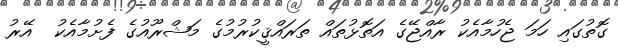
ގޮތުގައި ހަމަ ޖެހުމާއެކު ރާއްޖޭގެ އަތޮޅުތައް ތަރައްޤީކުރުމުގެ މަޝްރޫއުގެ ފެށުމާއެކު  އޭރު